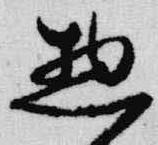
惣